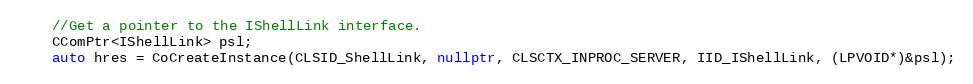
Language: C++
    //Get a pointer to the IShellLink interface.
    CComPtr<IShellLink> psl;
    auto hres = CoCreateInstance(CLSID_ShellLink, nullptr, CLSCTX_INPROC_SERVER, IID_IShellLink, (LPVOID*)&psl);